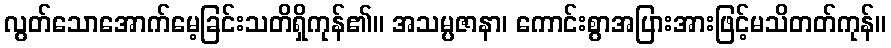
လွတ်သောအောက်မေ့ခြင်းသတိရှိကုန်၏။ အသမ္ပဇာနာ၊ ကောင်းစွာအပြားအားဖြင့်မသိတတ်ကုန်။